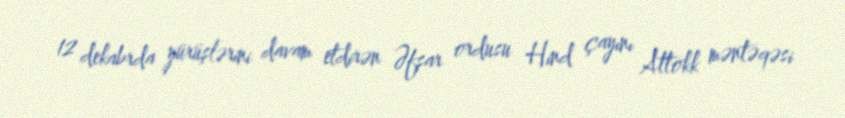
12 dekabrda yürüşlərini davam etdirən Əfşar ordusu Hind çayını Attokk məntəqəsi